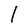
Character: l